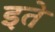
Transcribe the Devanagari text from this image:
इते